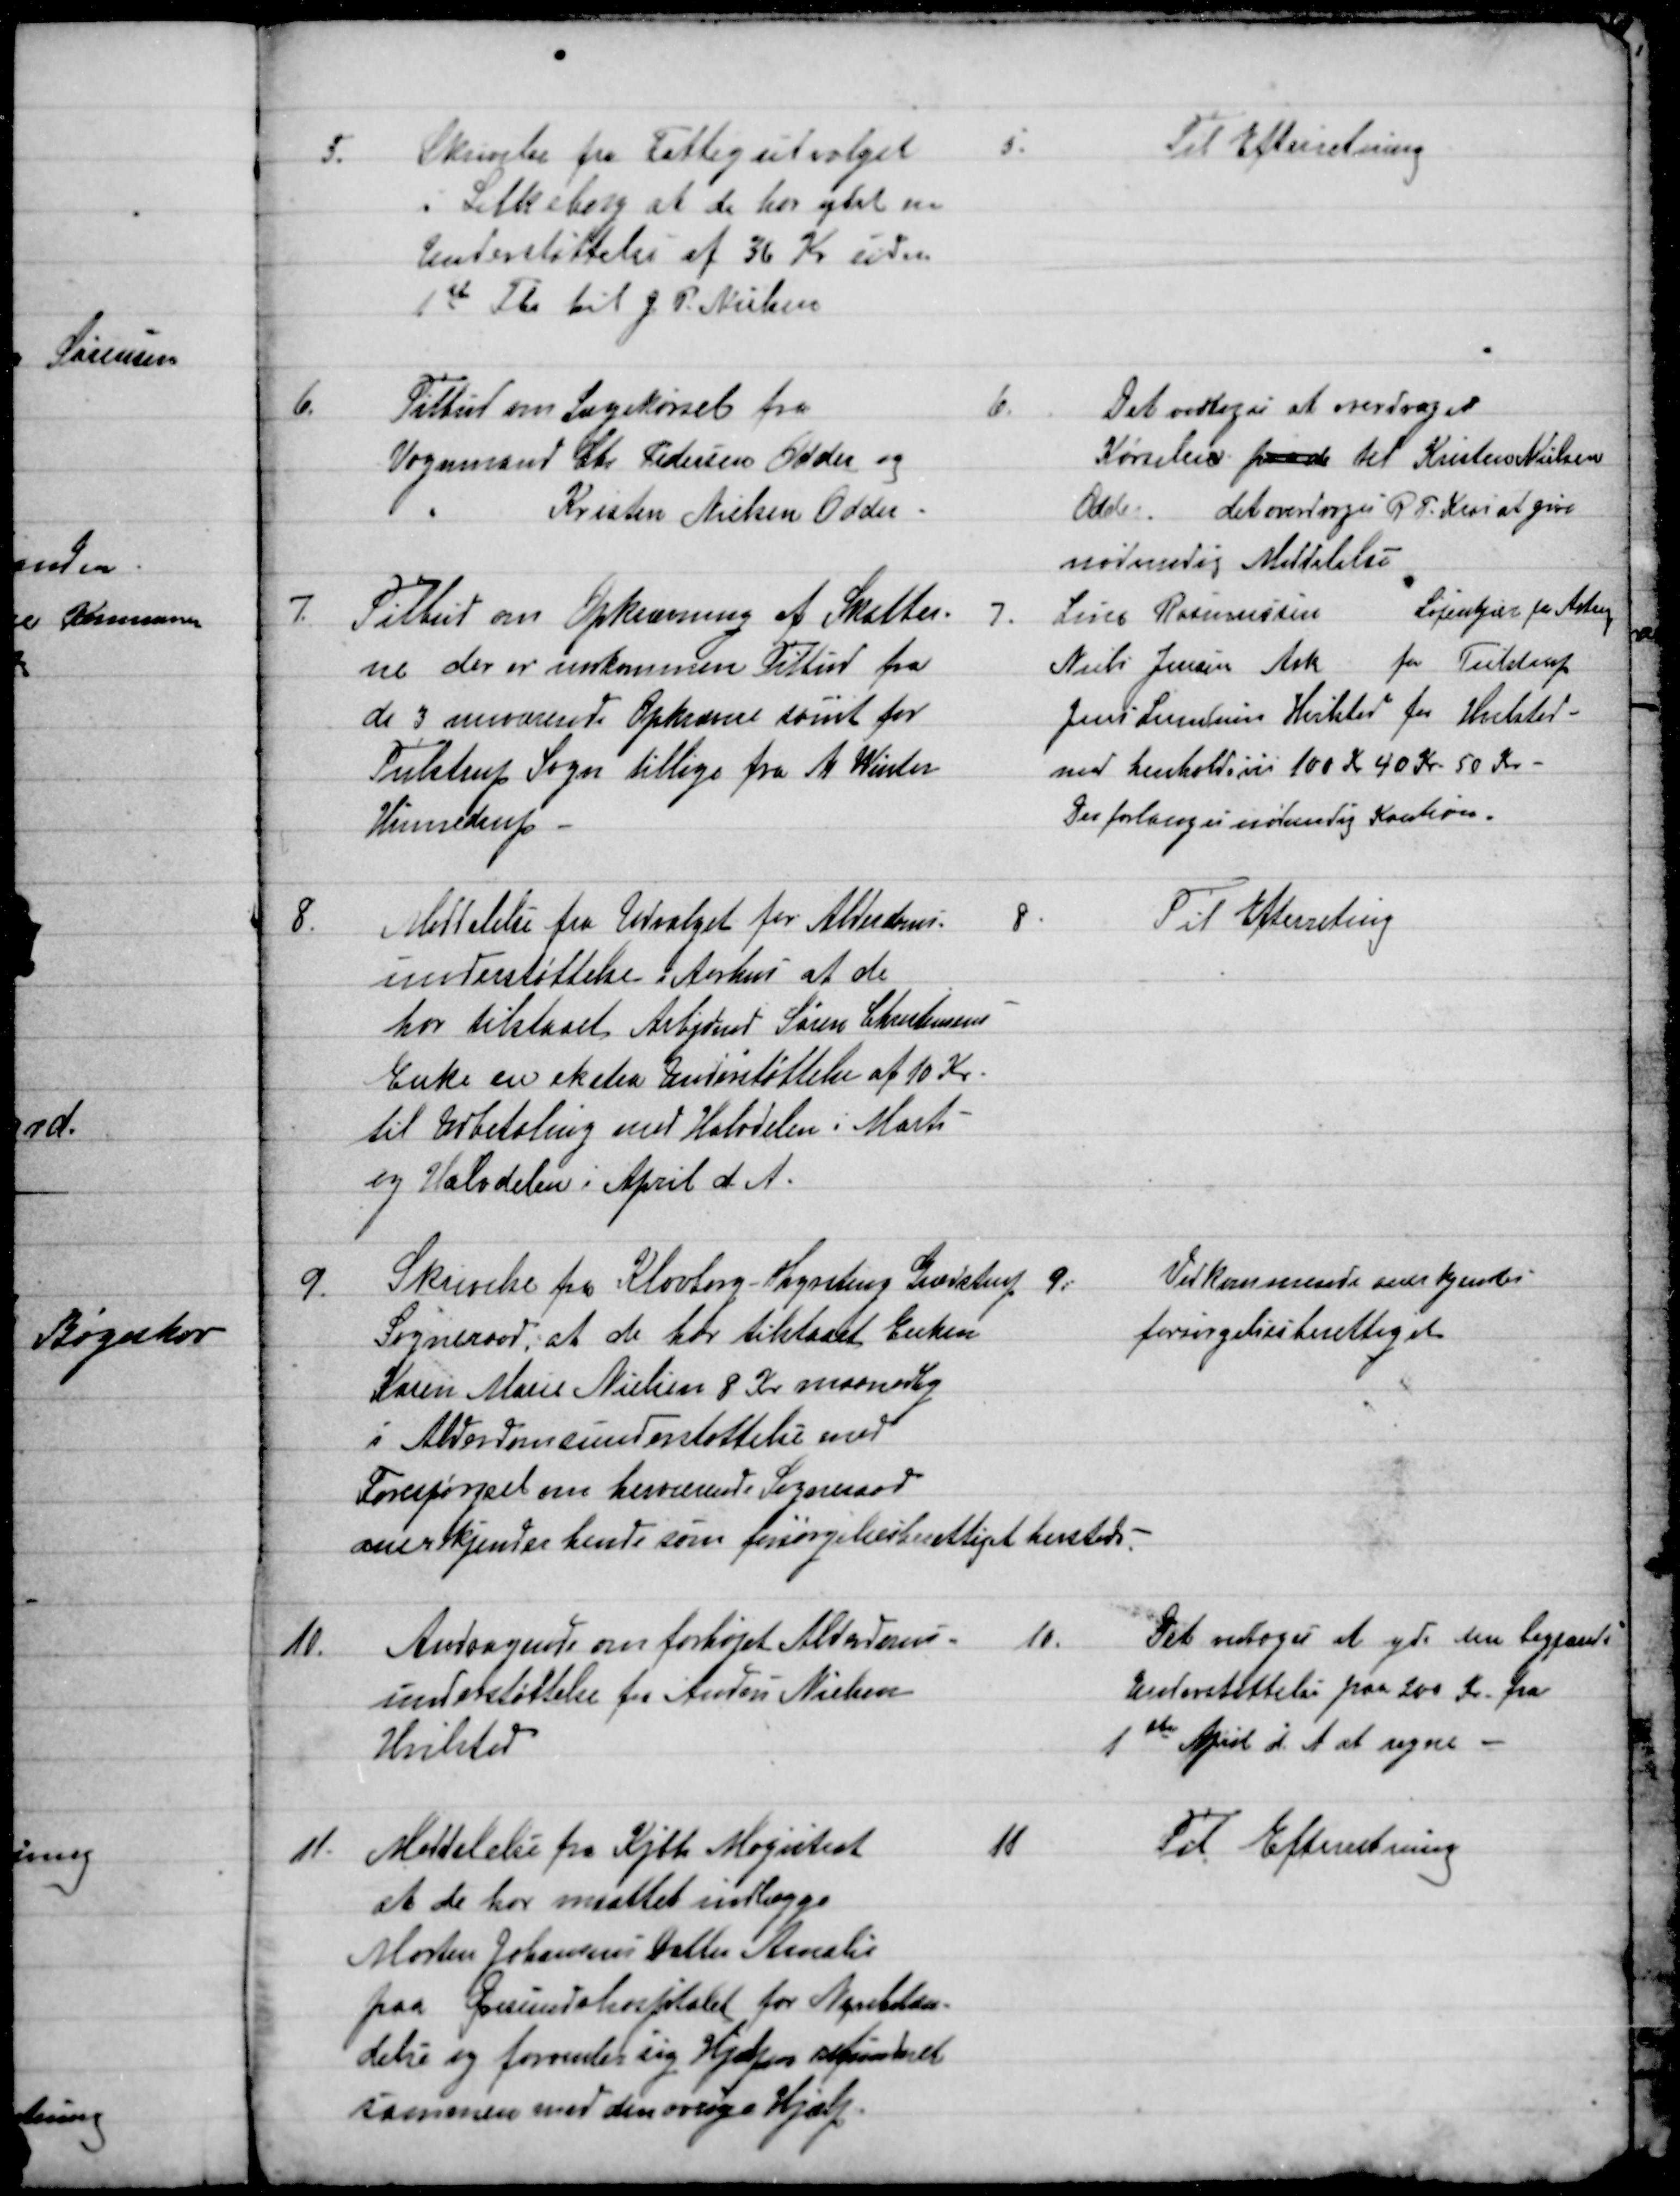
Transskription:
5.
Skrivelse fra Fattigudvalget
i Silkeborg at de har ydet en
Understøttelse af 36 Kr siden
1st Fbr til J. P. Nielsen
5.
Til Efterretning
6.
Tilbud om Lægekørsel fra
Vognmand Chr. Pedersen Odder og
Kristen Nielsen Odder
6.
Det vedtoges at overdrage
Kørselen paa de til Kristen Nielsen
Odder.
det overdroges R. F. Krai at give
nødvendig Meddelelse
7.
Tilbud om Opkrævning af Skatter-
ne der er indkommen Tilbud fra
de 3 nuværende Opkrævere samt for
Tulstrup Sogn tillige fra A. Winter
Hinnedrup.
7.
Lærer Rasmussen   
Løjenkjær for Astrup
Niels Jensen Ask for Tulstrup
Jens Lundum Hvilsted for Hvilsted
med henholdsvis 100 Kr 40 Kr 50 Kr
Der forlanges nødvendig Kaution.
8.
Meddelelse fra Udvalget for Alderdoms-
understøttelse i Aarhus at de
har tilstaaet Arbjdmd Søren Christensens
Enke en ekstra Understøttelse af 10 Kr
til Udbetaling med Halvdelen i Marts
og Halvdelen i April d. A.
8
Til Efterretning
9.
Skrivelse fra Klovborg - Tyrsting Grædstrup 
Sogneraad, at de har tilstaaet Enken
Karen Marie Nielsen 8 Kr maanedlig
i Alderdomsunderstøttelse med
Forespørgsel om herværende Sogneraad
anerkjender hende som forsørgelsesberettiget hersteds
9
Vedkommende anerkjendtes
forsørgelsesberettiget
10.
Andragende om forhøjet Alderdoms-
understøttelse fra Anders Nielsen
Hvilsted
10.
Det vedtoges at yde den begjærende
Understøttelse paa 200 Kr. fra
1ste April d. A at regne 
11
Meddelelse fra Kjbh Magistrat
at de har maattet indlægge
Morten Johansens Datter Amalie
paa Øresundshospitalet for Nyrebetæn-
delse og forventer sig Hjælpen refunderet
sammen med den øvrige Hjælp.
11
Til Efterretning